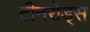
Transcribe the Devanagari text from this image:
टीनरोड्स